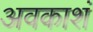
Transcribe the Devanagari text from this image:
अवकाशं